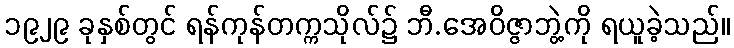
၁၉၂၉ ခုနှစ်တွင် ရန်ကုန်တက္ကသိုလ်၌ ဘီ.အေဝိဇ္ဇာဘွဲ့ကို ရယူခဲ့သည်။